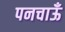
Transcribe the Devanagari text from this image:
पनचाऊँ